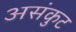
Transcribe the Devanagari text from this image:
असंकुट